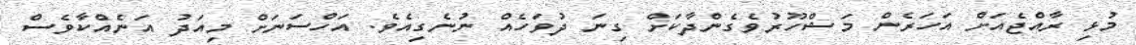
މުޅި ރާއްޖެއަށް އަހަރެން މަޝްހޫރުވެގެންދާކަށް ގިނަ ދުވަހެއް ނުނެގިއެވެ. އަހްސަނަށް މިއަދު އަނެއްކާވެސް